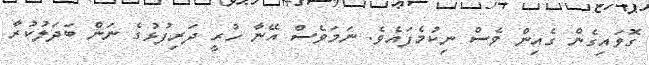
ގޮވައިގެން ގެއިން ވެސް ނިކުމެފައެވެ. ނަމަވެސް އޭނާ ހުރީ ދަރިފުޅުގެ ނަން ބަދަލުކުރާ